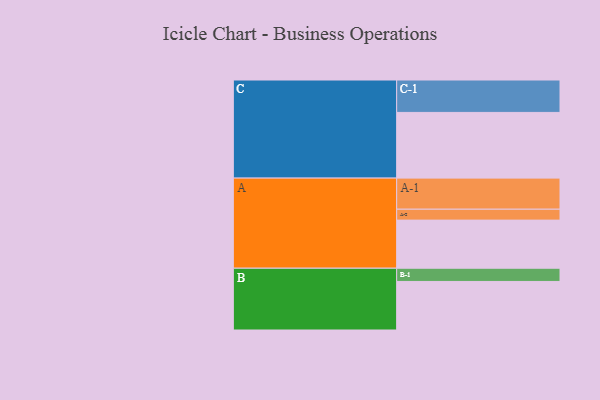
{"axis": {"x": "Segment", "y": "Value"}, "legend": ["", "A", "B", "C"], "data": [{"x": "A", "y": 331, "type": ""}, {"x": "B", "y": 334, "type": ""}, {"x": "C", "y": 452, "type": ""}, {"x": "A-1", "y": 214, "type": "A"}, {"x": "A-2", "y": 75, "type": "A"}, {"x": "B-1", "y": 91, "type": "B"}, {"x": "C-1", "y": 223, "type": "C"}]}